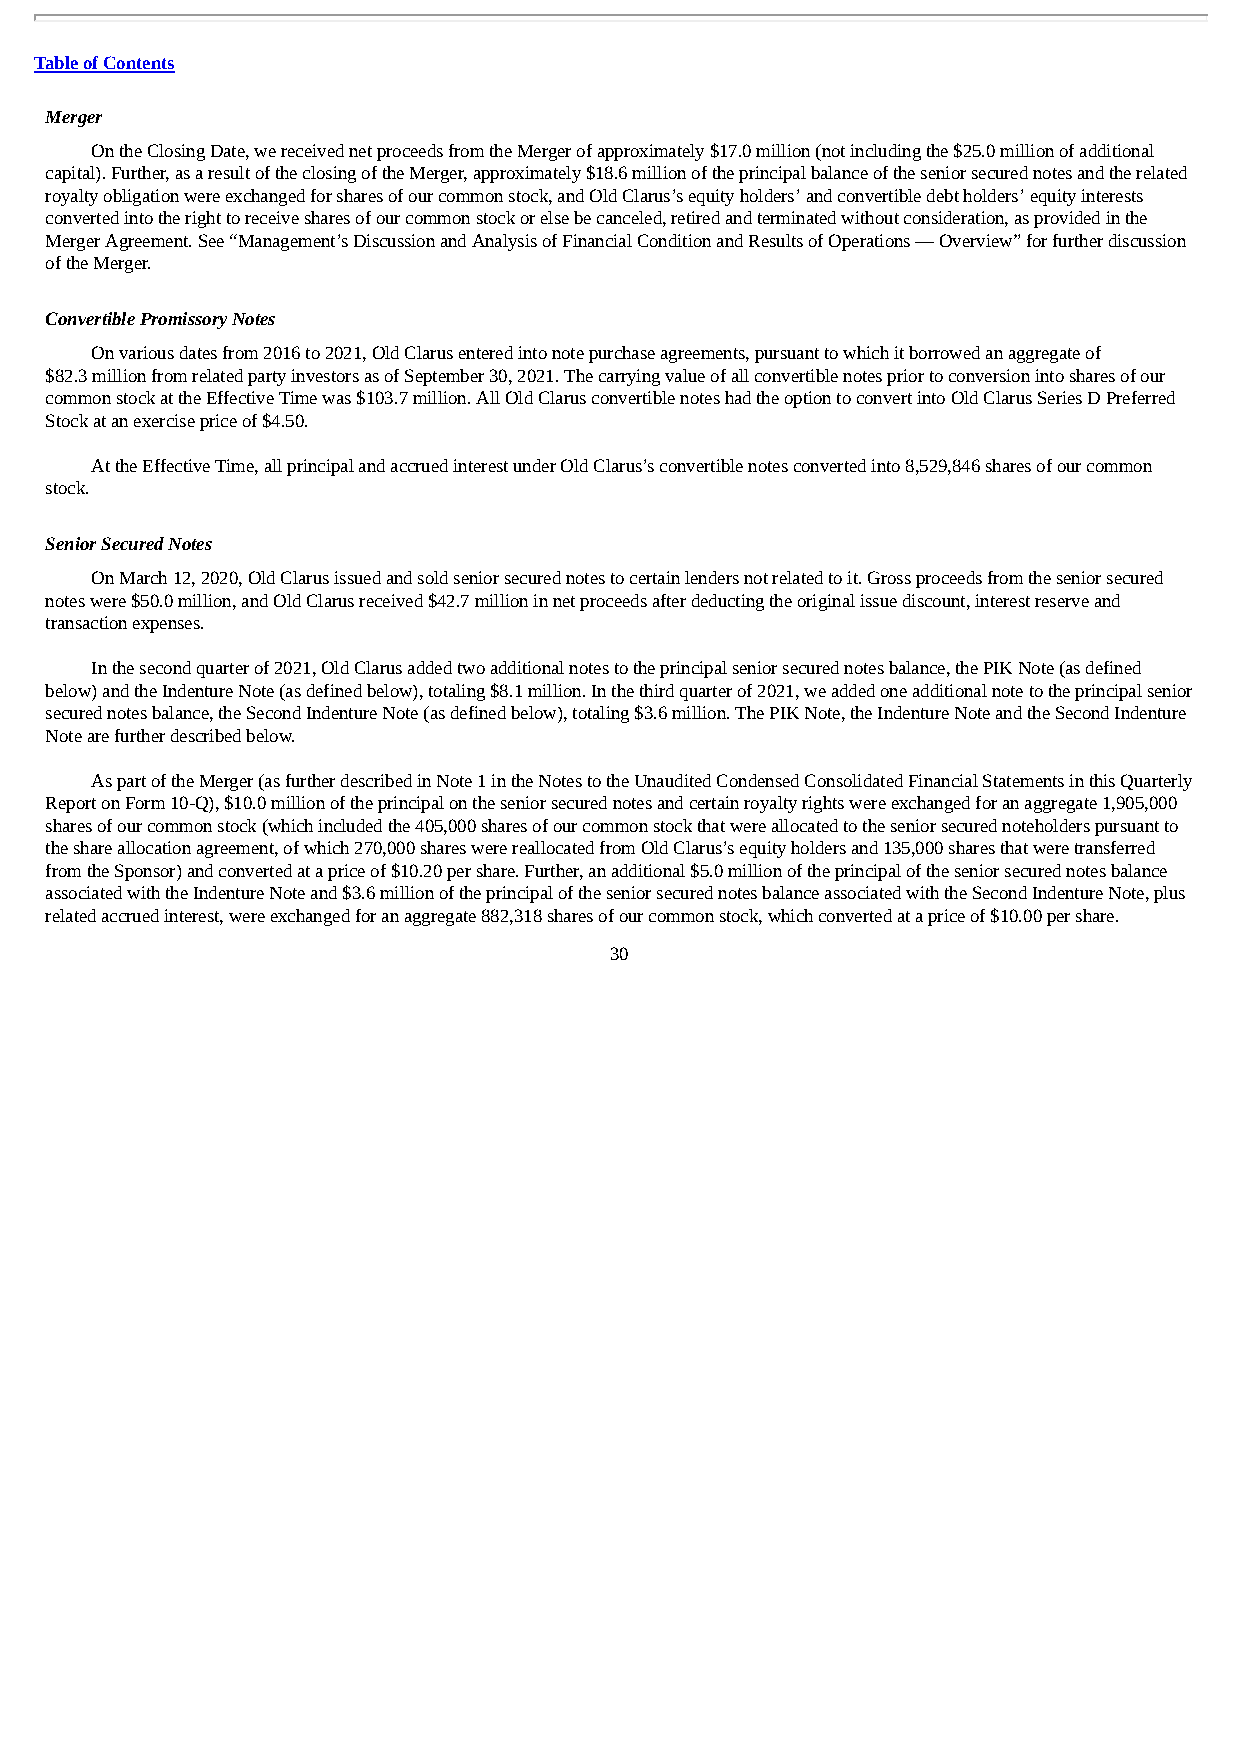
Table of Contents
 Merger
 On the Closing Date, we received net proceeds from the Merger of approximately $17.0 million (not including the $25.0 million of additional
 capital). Further, as a result of the closing of the Merger, approximately $18.6 million of the principal balance of the senior secured notes and the related
 royalty obligation were exchanged for shares of our common stock, and Old Clarus’s equity holders’ and convertible debt holders’ equity interests
 converted into the right to receive shares of our common stock or else be canceled, retired and terminated without consideration, as provided in the
 Merger Agreement. See “Management’s Discussion and Analysis of Financial Condition and Results of Operations — Overview” for further discussion
 of the Merger.
 Convertible Promissory Notes
 On various dates from 2016 to 2021, Old Clarus entered into note purchase agreements, pursuant to which it borrowed an aggregate of
 $82.3 million from related party investors as of September 30, 2021. The carrying value of all convertible notes prior to conversion into shares of our
 common stock at the Effective Time was $103.7 million. All Old Clarus convertible notes had the option to convert into Old Clarus Series D Preferred
 Stock at an exercise price of $4.50.
 At the Effective Time, all principal and accrued interest under Old Clarus’s convertible notes converted into 8,529,846 shares of our common
 stock.
 Senior Secured Notes
 On March 12, 2020, Old Clarus issued and sold senior secured notes to certain lenders not related to it. Gross proceeds from the senior secured
 notes were $50.0 million, and Old Clarus received $42.7 million in net proceeds after deducting the original issue discount, interest reserve and
 transaction expenses.
 In the second quarter of 2021, Old Clarus added two additional notes to the principal senior secured notes balance, the PIK Note (as defined
 below) and the Indenture Note (as defined below), totaling $8.1 million. In the third quarter of 2021, we added one additional note to the principal senior
 secured notes balance, the Second Indenture Note (as defined below), totaling $3.6 million. The PIK Note, the Indenture Note and the Second Indenture
 Note are further described below.
 As part of the Merger (as further described in Note 1 in the Notes to the Unaudited Condensed Consolidated Financial Statements in this Quarterly
 Report on Form 10-Q), $10.0 million of the principal on the senior secured notes and certain royalty rights were exchanged for an aggregate 1,905,000
 shares of our common stock (which included the 405,000 shares of our common stock that were allocated to the senior secured noteholders pursuant to
 the share allocation agreement, of which 270,000 shares were reallocated from Old Clarus’s equity holders and 135,000 shares that were transferred
 from the Sponsor) and converted at a price of $10.20 per share. Further, an additional $5.0 million of the principal of the senior secured notes balance
 associated with the Indenture Note and $3.6 million of the principal of the senior secured notes balance associated with the Second Indenture Note, plus
 related accrued interest, were exchanged for an aggregate 882,318 shares of our common stock, which converted at a price of $10.00 per share.
 30